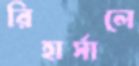
রিহার্সালে